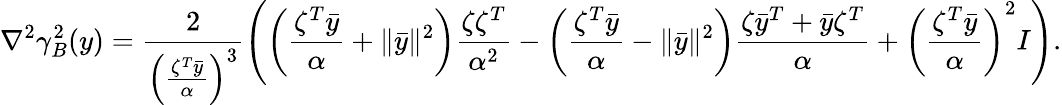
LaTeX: \nabla^{2}\gamma_{B}^{2}(y)=\frac{2}{\left(\frac{\zeta^{T}\bar{y}}{\alpha}\right)^{3}}\left(\left(\frac{\zeta^{T}\bar{y}}{\alpha}+\| \bar{y}\| ^{2}\right)\frac{\zeta\zeta^{T}}{\alpha^{2}}-\left(\frac{\zeta^{T}\bar{y}}{\alpha}-\| \bar{y}\| ^{2}\right)\frac{\zeta\bar{y}^{T}+\bar{y}\zeta^{T}}{\alpha}+\left(\frac{\zeta^{T}\bar{y}}{\alpha}\right)^{2}I\right).